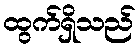
ထွက်ရှိသည်